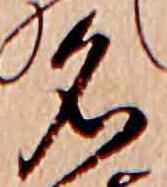
名